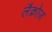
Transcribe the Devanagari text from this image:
लैक्रोज़